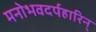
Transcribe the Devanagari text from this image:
मनोभवदर्पहारिन्